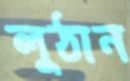
লুঠান